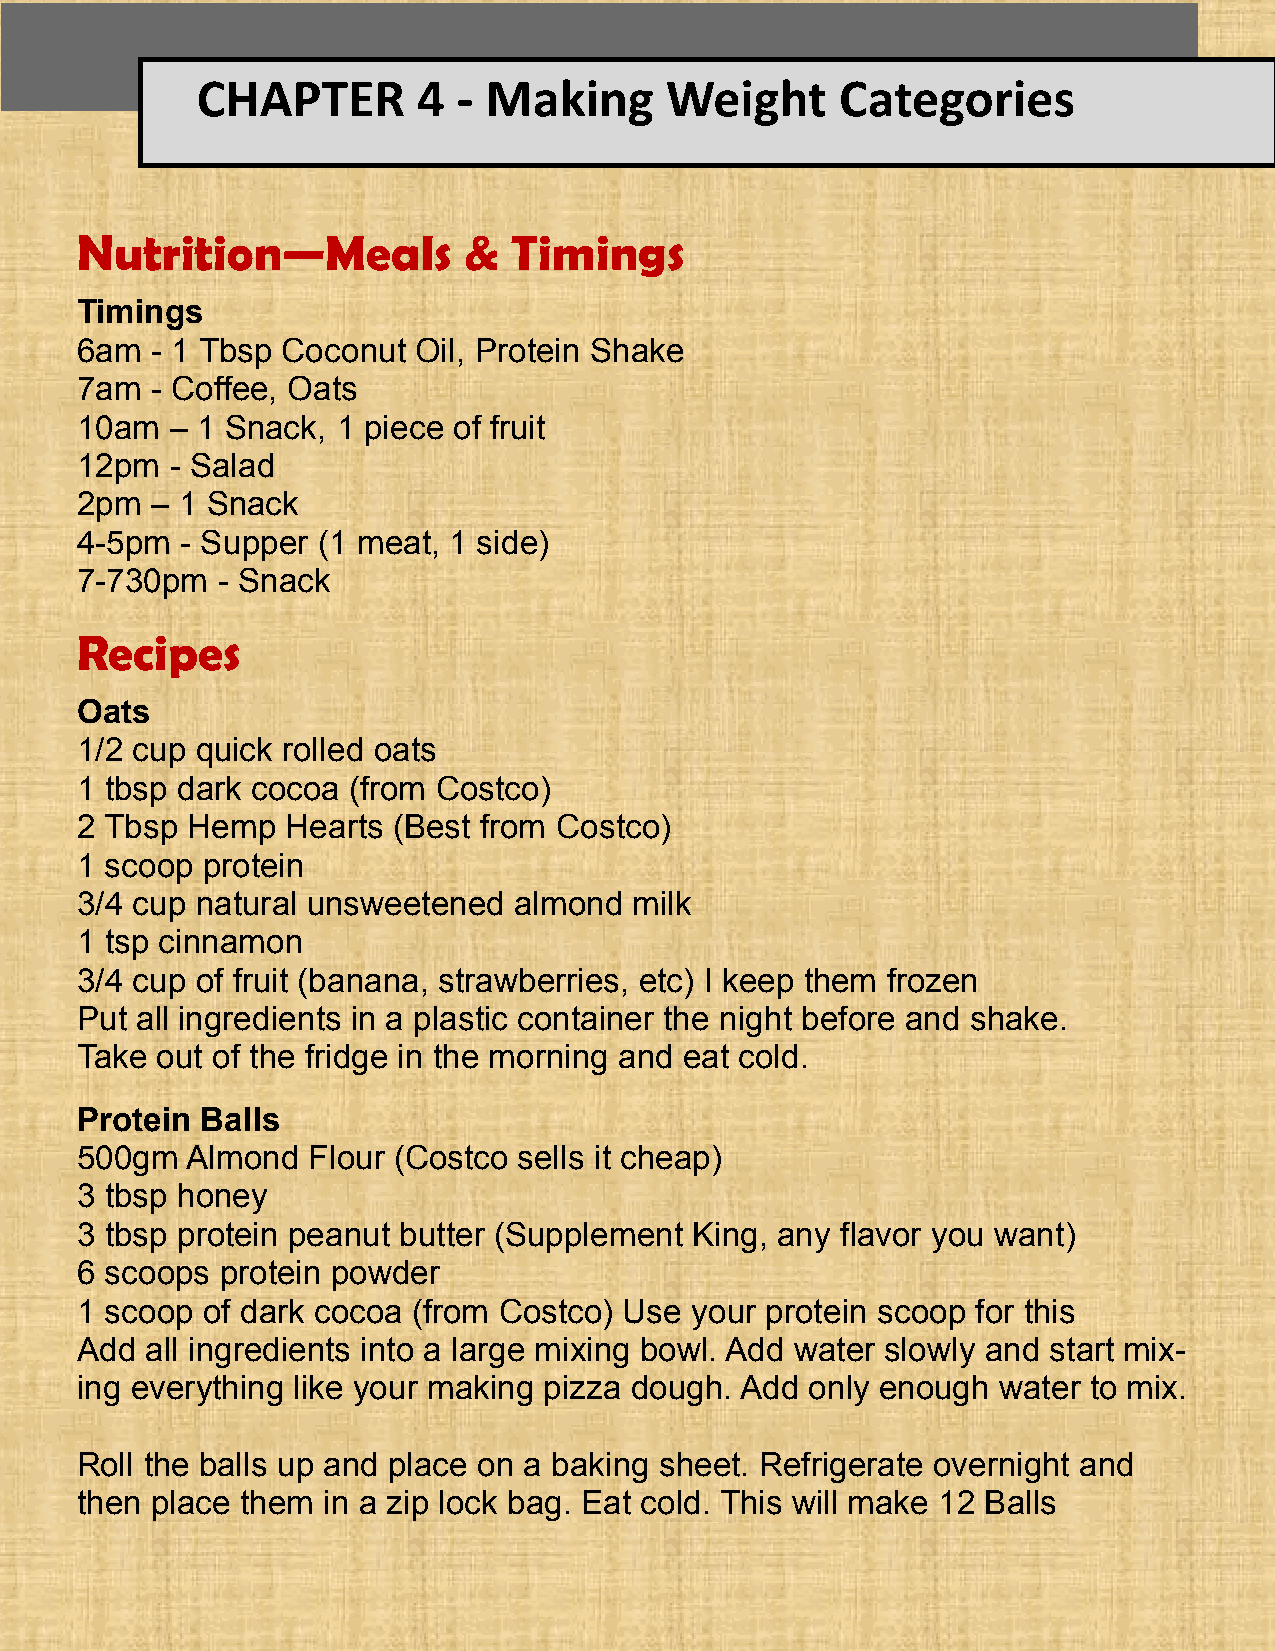
CHAPTER        4 - Making      Weight      Categories
 Nutrition—Meals           &  Timings
 Timings
 6am  - 1 Tbsp Coconut  Oil, Protein Shake
 7am  - Coffee, Oats
 10am  – 1 Snack, 1 piece of fruit
 12pm  - Salad
 2pm  – 1 Snack
 4-5pm  - Supper (1 meat, 1 side)
 7-730pm  - Snack
 Recipes
 Oats
 1/2 cup quick rolled oats
 1 tbsp dark cocoa (from Costco)
 2 Tbsp Hemp   Hearts (Best from Costco)
 1 scoop protein
 3/4 cup natural unsweetened  almond  milk
 1 tsp cinnamon
 3/4 cup of fruit (banana, strawberries, etc) I keep them frozen
 Put all ingredients in a plastic container the night before and shake.
 Take out of the fridge in the morning and eat cold.
 Protein Balls
 500gm  Almond  Flour (Costco sells it cheap)
 3 tbsp honey
 3 tbsp protein peanut butter (Supplement King, any flavor you want)
 6 scoops  protein powder
 1 scoop of dark cocoa (from Costco) Use  your protein scoop for this
 Add  all ingredients into a large mixing bowl. Add water slowly and start mix-
 ing everything like your making pizza dough. Add only enough water to mix.
 Roll the balls up and place on a baking sheet. Refrigerate overnight and
 then place them in a zip lock bag. Eat cold. This will make 12 Balls